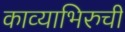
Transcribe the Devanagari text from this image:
काव्याभिरुची